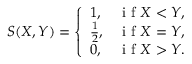
S ( X , Y ) = \left\{ \begin{array} { l l } { 1 , } & { \textrm { i f } X < Y , } \\ { \frac { 1 } { 2 } , } & { \textrm { i f } X = Y , } \\ { 0 , } & { \textrm { i f } X > Y . } \end{array} \right.